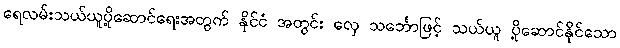
ရေလမ်းသယ်ယူပို့ဆောင်ရေးအတွက် နိုင်ငံ အတွင်း လှေ သင်္ဘောဖြင့် သယ်ယူ ပို့ဆောင်နိုင်သော